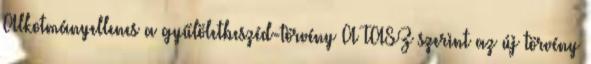
Alkotmányellenes a gyűlöletbeszéd-törvény A TASZ szerint az új törvény